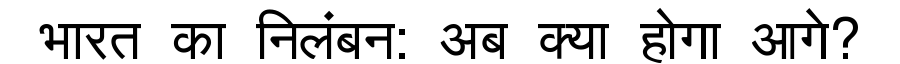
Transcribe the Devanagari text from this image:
भारत का निलंबन: अब क्या होगा आगे?